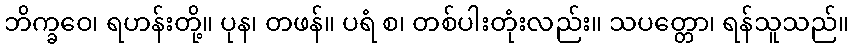
ဘိက္ခဝေ၊ ရဟန်းတို့။ ပုန၊ တဖန်။ ပရံ စ၊ တစ်ပါးတုံးလည်း။ သပတ္တော၊ ရန်သူသည်။